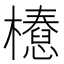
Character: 𣞝